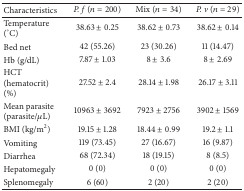
| Characteristics | P. f (n = 200) | Mix (n = 34) | P. v (n = 29) |
 | --- | --- | --- | --- |
 | Temperature (°C) | 38.63 ± 0.25 | 38.62 ± 0.73 | 38.62 ± 0.14 |
 | Bed net | 42 (55.26) | 23 (30.26) | 11 (14.47) |
 | Hb (g/dL) | 7.87 ± 1.03 | 8 ± 3.6 | 8 ± 2.69 |
 | HCT (hematocrit) (%) | 27.52 ± 2.4 | 28.14 ± 1.98 | 26.17 ± 3.11 |
 | Mean parasite (parasite/μL) | 10963 ± 3692 | 7923 ± 2756 | 3902 ± 1569 |
 | BMI (kg/m2) | 19.15 ± 1.28 | 18.44 ± 0.99 | 19.2 ± 1.1 |
 | Vomiting | 119 (73.45) | 27 (16.67) | 16 (9.87) |
 | Diarrhea | 68 (72.34) | 18 (19.15) | 8 (8.5) |
 | Hepatomegaly | 0 (0) | 0 (0) | 0 (0) |
 | Splenomegaly | 6 (60) | 2 (20) | 2 (20) |